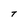
Character: T